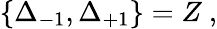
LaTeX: \{ \Delta_{-1},\Delta_{+1}\} =Z\ ,